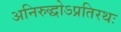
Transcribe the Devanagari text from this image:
अनिरुद्धोऽप्रतिरथः